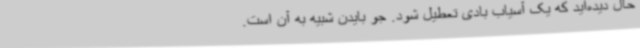
حال دیده‌اید که یک آسیاب بادی تعطیل شود. جو بایدن شبیه به آن است.